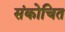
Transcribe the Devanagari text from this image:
संकोचित